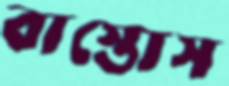
বাস্তোস